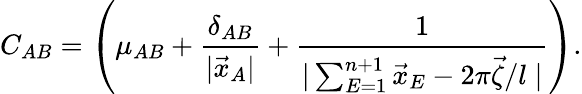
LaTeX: C_{AB}=\left(\mu_{AB}+\frac{\delta_{AB}}{|\vec{x}_{A}|}+\frac{1}{|\sum_{E=1}^{n+1}\vec{x}_{E}-2\pi\vec{\zeta}/l\; |}\right).